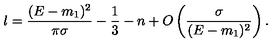
l = \frac { ( E - m _ { 1 } ) ^ { 2 } } { \pi \sigma } - \frac { 1 } { 3 } - n + O \left( \frac { \sigma } { ( E - m _ { 1 } ) ^ { 2 } } \right) .